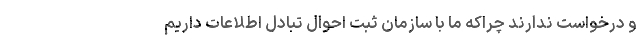
و درخواست ندارند چراکه ما با سازمان ثبت احوال تبادل اطلاعات داریم